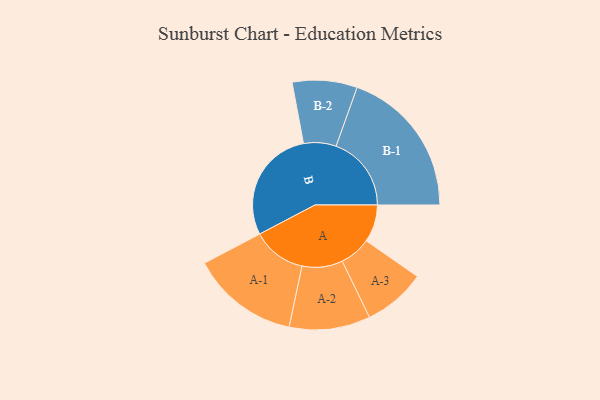
{"axis": {"x": "Segment", "y": "Value"}, "legend": ["", "A", "B"], "data": [{"x": "A", "y": 129, "type": ""}, {"x": "B", "y": 396, "type": ""}, {"x": "A-1", "y": 186, "type": "A"}, {"x": "A-2", "y": 140, "type": "A"}, {"x": "A-3", "y": 108, "type": "A"}, {"x": "B-1", "y": 260, "type": "B"}, {"x": "B-2", "y": 112, "type": "B"}]}